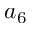
a _ { 6 }